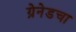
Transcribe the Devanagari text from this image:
ग्रेनेडचा